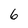
Character: 6